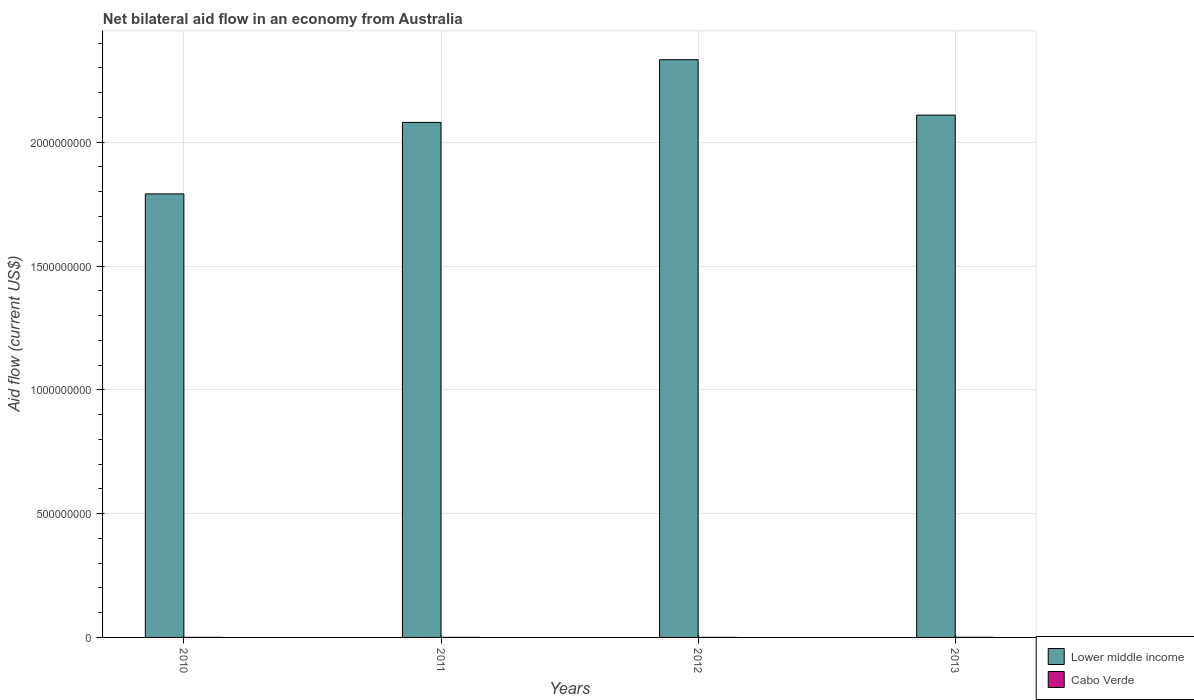
| Years | Lower middle income | Cabo Verde |
 | --- | --- | --- |
 | 2010 | 1.79e+09 | 2e+05 |
 | 2011 | 2.08e+09 | 2.2e+05 |
 | 2012 | 2.33e+09 | 1.6e+05 |
 | 2013 | 2.11e+09 | 4.1e+05 |